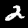
Digit: 2